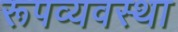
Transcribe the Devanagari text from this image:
रूपव्यवस्था